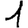
Digit: 1